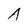
Character: A